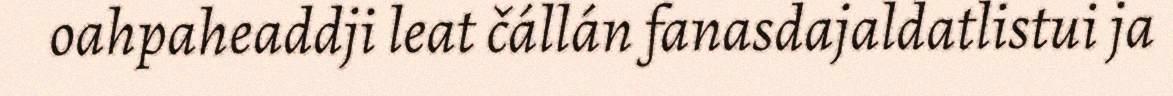
oahpaheaddji leat čállán fanasdajaldatlistui ja